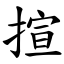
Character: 揎